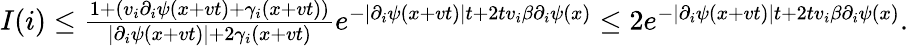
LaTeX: \begin{array}{r}{I(i)\leq\frac{1+(v_{i}\partial_{i}\psi(x+vt)+\gamma_{i}(x+vt))}{\lvert\partial_{i}\psi(x+vt)\rvert+2\gamma_{i}(x+vt)}e^{-\lvert\partial_{i}\psi(x+vt)\rvert t+2tv_{i}\beta\partial_{i}\psi(x)}\leq 2e^{-\lvert\partial_{i}\psi(x+vt)\rvert t+2tv_{i}\beta\partial_{i}\psi(x)}.}\end{array}